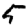
Digit: 5